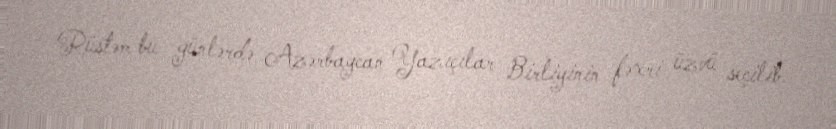
Rüstəm bu günlərdə Azərbaycan Yazıçılar Birliyinin fəxri üzvü seçilib.